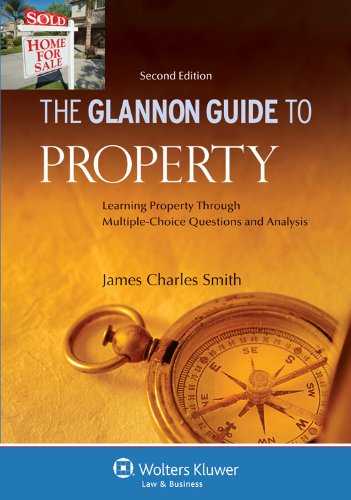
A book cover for Glannon Guide to Property: Learning Property Through Multiple-Choice Questions and Analysis, 2nd Edition; James Charles Smith; Law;